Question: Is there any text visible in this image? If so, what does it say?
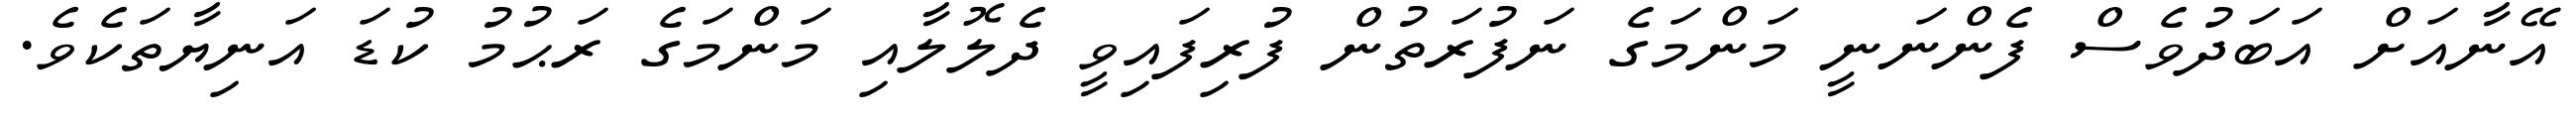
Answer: އޭނާއަށް އަބަދުވެސް ފެންނަނީ މަންމަގެ ނަފުރަތުން ފުރިފައިވީ ދެލޮލާއި މަންމަގެ ރަޙުމު ކުޑަ އަނިޔާތަކެވެ.